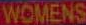
WOMENS